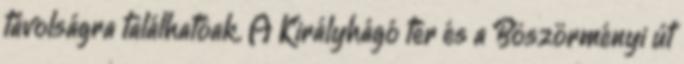
távolságra találhatóak. A Királyhágó tér és a Böszörményi út